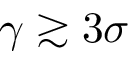
\gamma \gtrsim 3 \sigma